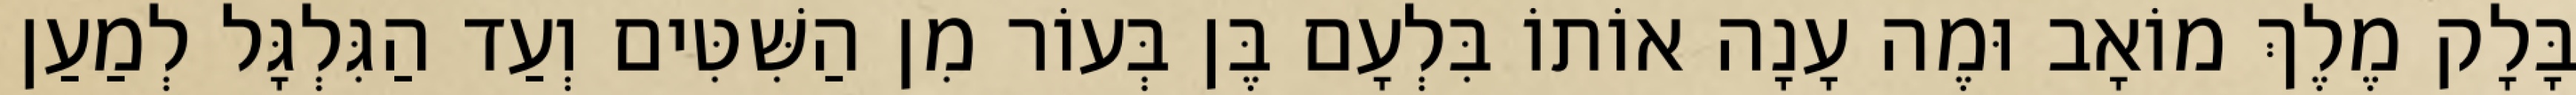
בָּלָק מֶלֶךְ מוֹאָב וּמֶה עָנָה אוֹתוֹ בִּלְעָם בֶּן בְּעוֹר מִן הַשִּׁטִּים וְעַד הַגִּלְגָּל לְמַעַן